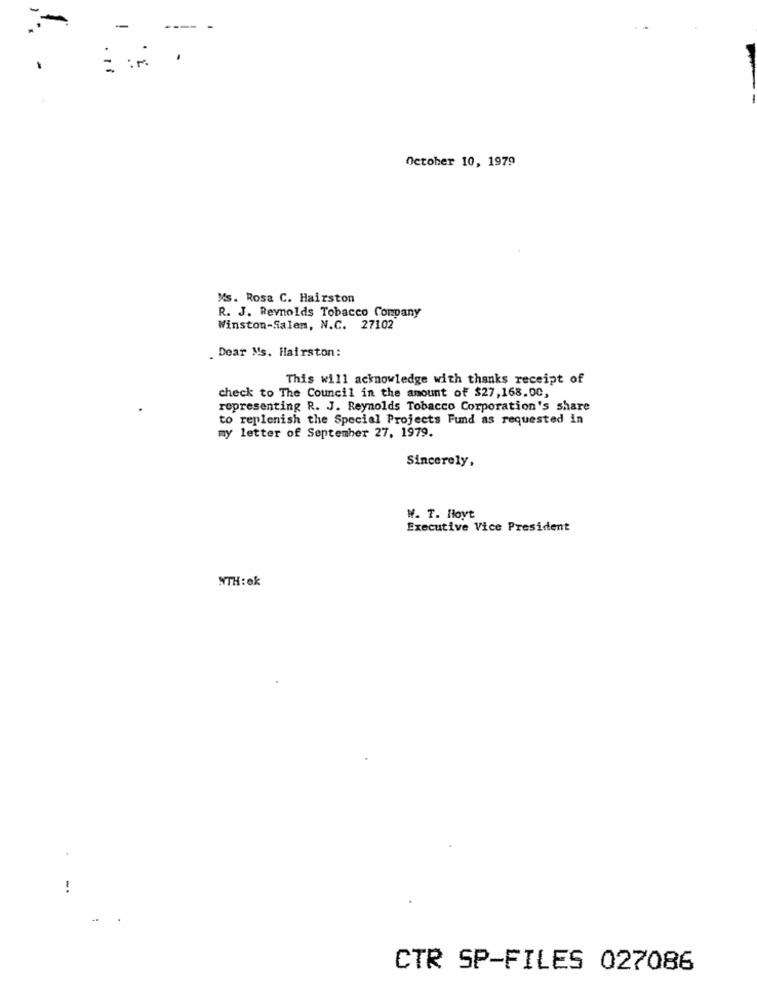
-
---- -
: :
October 10, 1979
Ms. Rosa C. Hairston
R. J. Reynolds Tobacco Company
Winston-Salem, N.C. 27102"
Dear Ms. Hairston:
This will acknowledge with thanks receipt of
check to The Council in the amount of $27,168.00,
representing R. J. Reynolds Tobacco Corporation's share
to replenish the Special Projects Fund as requested in
my letter of September 27, 1979.
Sincerely,
W. T. Hoyt
Executive Vice President
NTH:ek
-.
..
CTR SP-FILES 027086